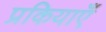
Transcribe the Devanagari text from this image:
प्रकियाएँ